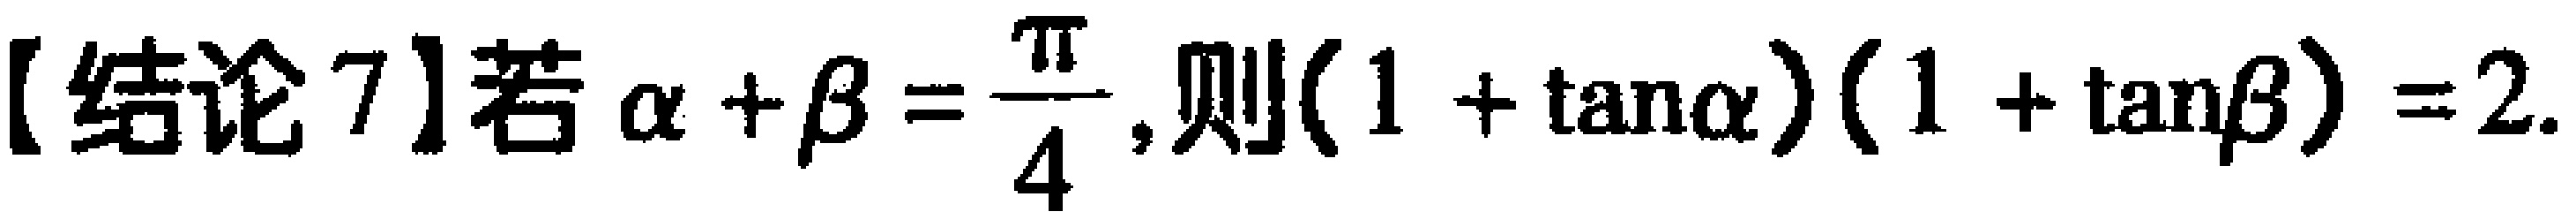
【结论7】若\(\alpha +\beta =\frac{\pi}{4}\),则\((1 + \tan\alpha)(1 + \tan\beta)=2\).